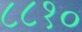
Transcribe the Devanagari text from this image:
८८१०